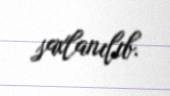
saxlanılıb.